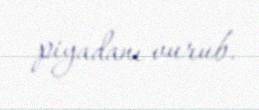
piyadanı vurub.